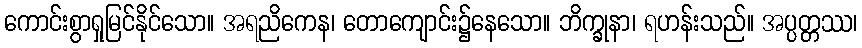
ကောင်းစွာရှုမြင်နိုင်သော။ အရညိကေန၊ တောကျောင်း၌နေသော။ ဘိက္ခုနာ၊ ရဟန်းသည်။ အပ္ပတ္တဿ၊